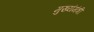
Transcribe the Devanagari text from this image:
मुख्यंमंत्री